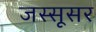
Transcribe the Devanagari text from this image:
जस्सूसर